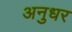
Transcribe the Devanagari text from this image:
अनुधर